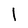
Character: l